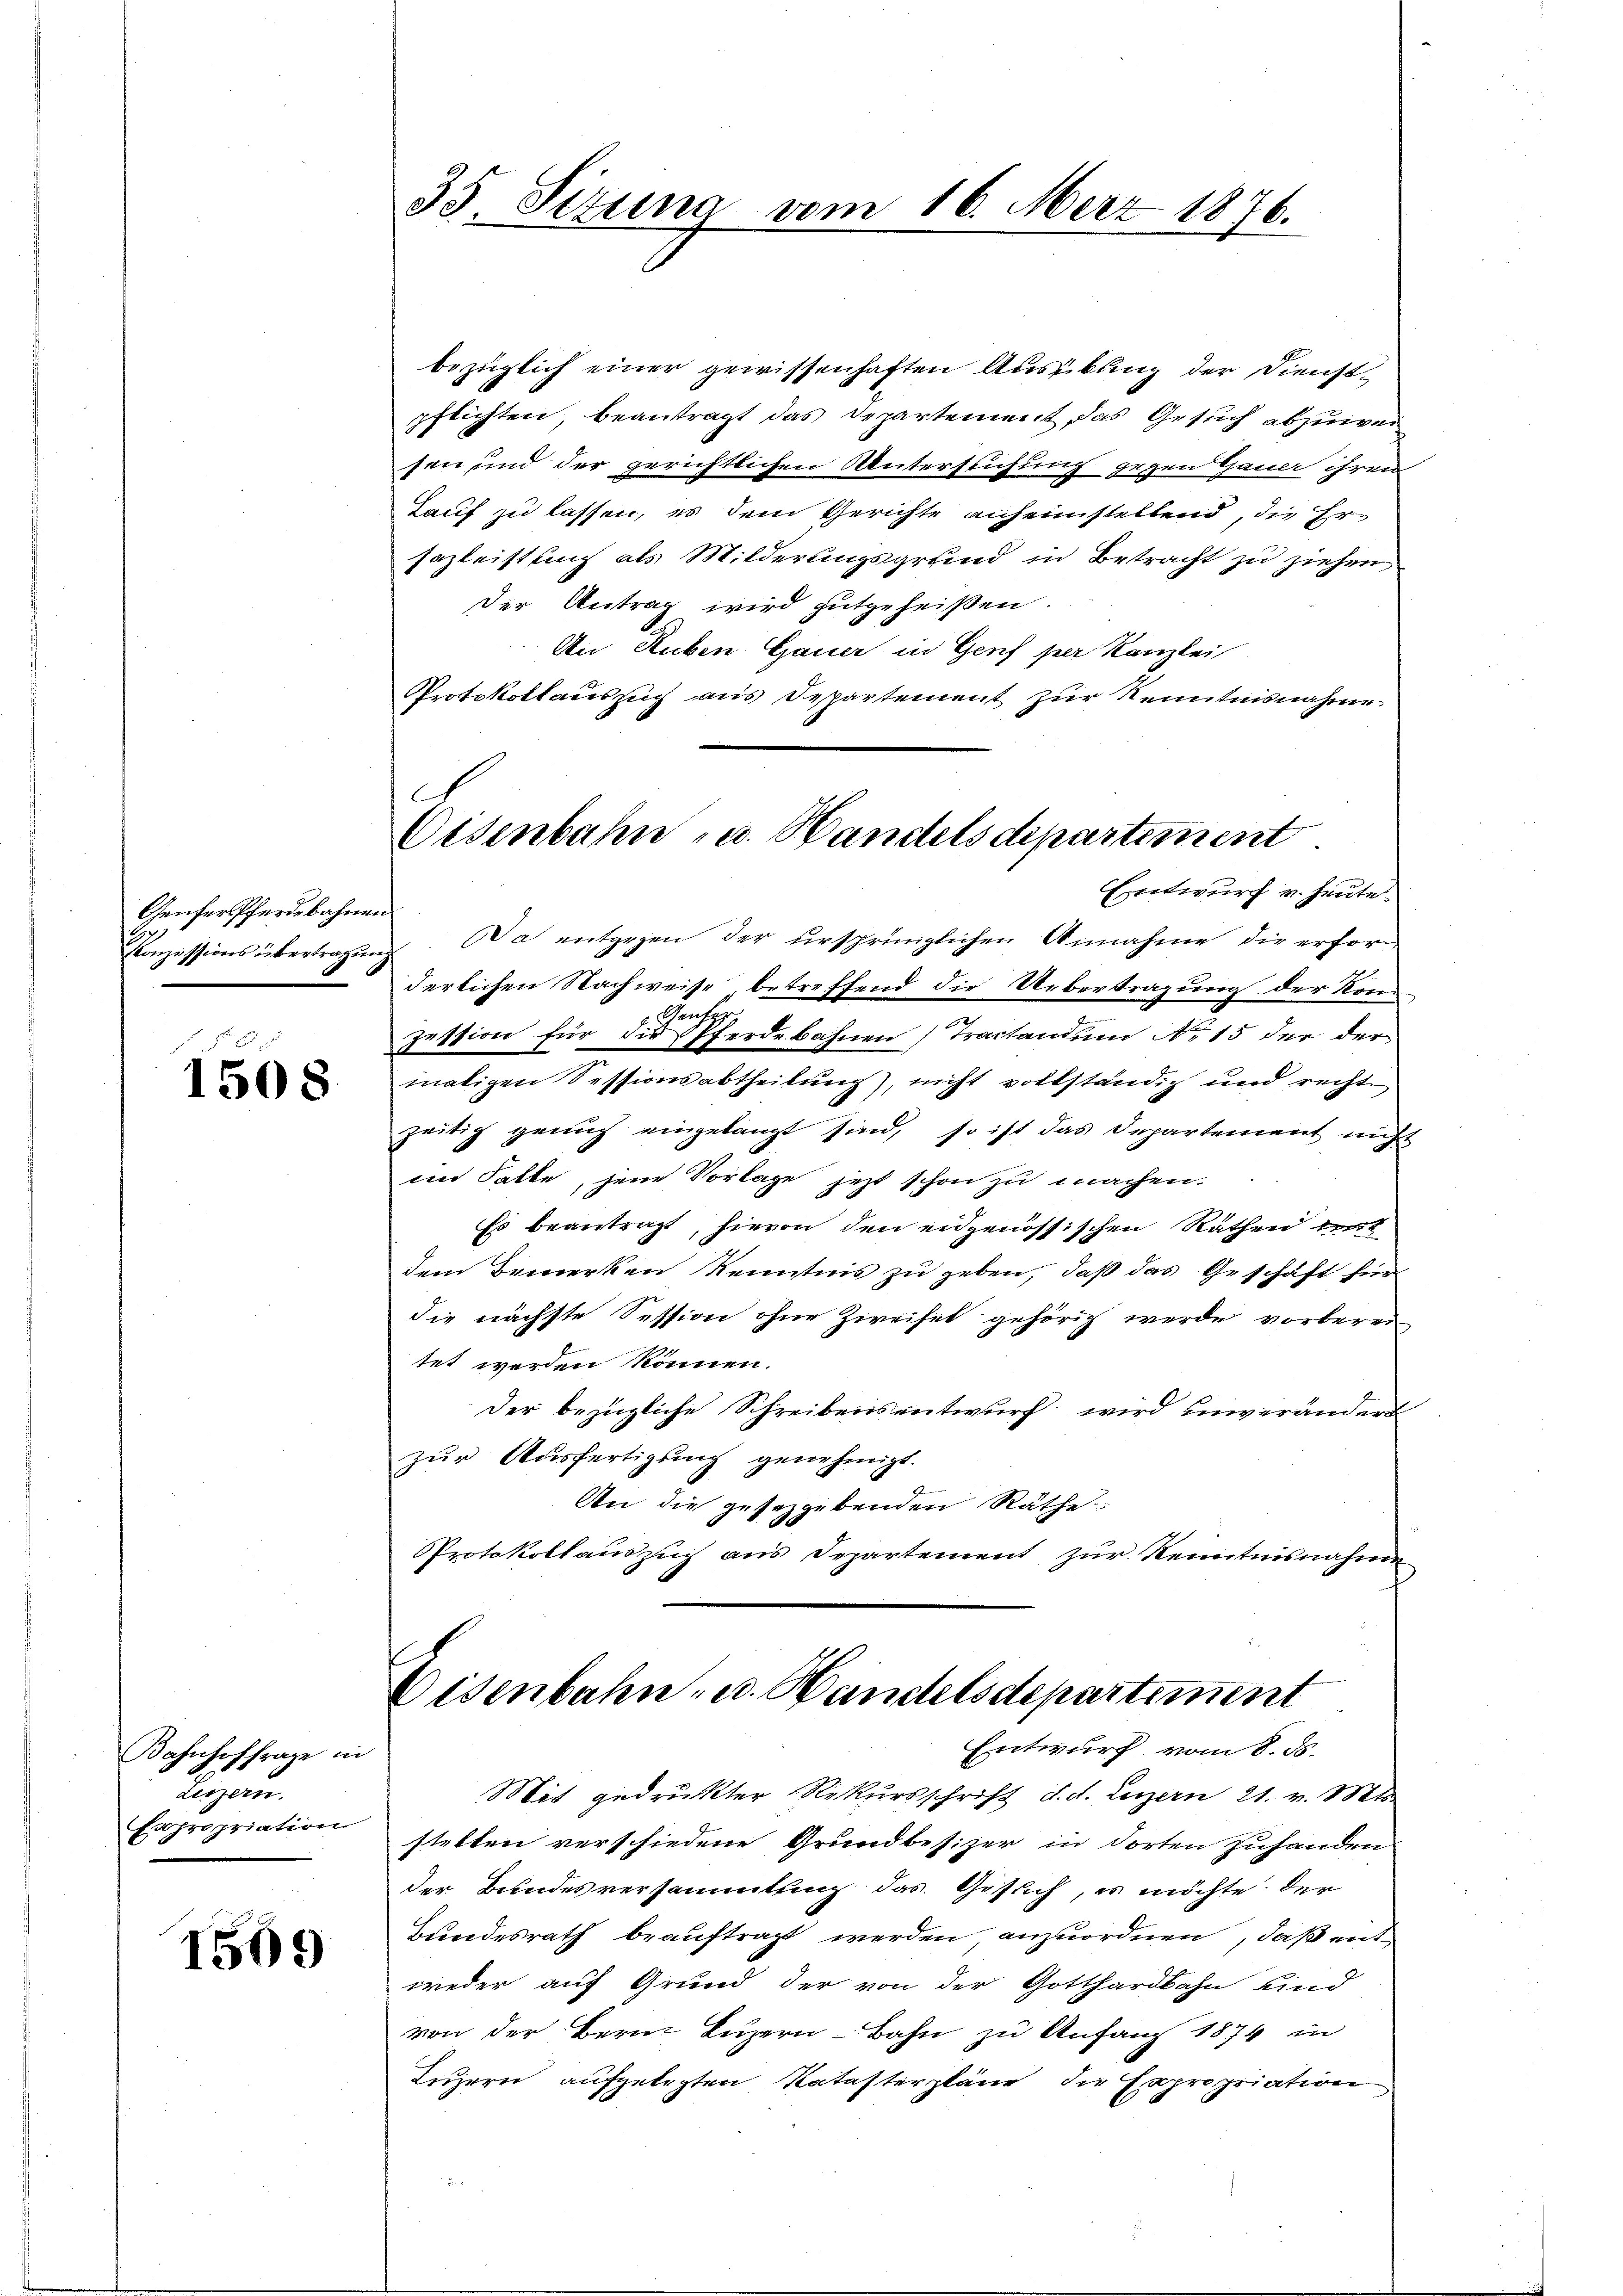
Genfer Pferdebahnen

1508

Bahnhoffrage in
Leszern.
Expropriation

1509

35. Sizung vom 16. März 1876.

bezüglich einer gewissenhaften Aussikung der Dienstpflichten, beantragt das Departement das Gesuch abzuwei
sen und der gerichtlichen Unterstufung gegen Gauer ihren
Kauf zu lassen, es dem Gerichte anheimstellend, die Er-
sazleistung als Milderungsgrund in Betracht zu ziehen,
der Antrag wird gutgeheißen.
An Ruben Gauer in Genf per Kanzlei
Protokollaussuch aus Departement zur Kenntnisnahme
Conzessions übertragung. Da entgegen der ursprünglichen Annahme die erfor-
derlichen Nachweise betreffend die Uebertragung der Kon¬
Gent
Zottion für die Pferdebahnen Tractanden No 15 der der
maligen Sessionsabtheilung), nicht vollständig und recht
zeitig genug eingelangt sind, so ist das Departement nicht
ein Satte, jene Vorlage jetzt schon zu machen.
Es beantragt, hievon den eidgenössischen Räthen unt
dem Bemerken Kenntnis zu geben, daß das Geschäft für
die nächste Session ohne Zweifel gehörig werde vorberei
tet werden können.
Der bezügliche Schreibensentwurf wird unverändert
zŭr Aŭsfertigung genehmigt.
An die gesetzgebenden Räthe.
Protokollauszug aus Departement zur Kenntnisnahme
Disenbahn- u. Handelsdepartiment
Entwurf vom 8. d.
Mit gedruckter Rekursschrift d. d. Luzern 21. v. Mts.
stellen verschiedene Grundbesizer in dorten zuhanden
der Bundesversammtung das Gesuch, es möchte der
Bundesrath beauftragt werden, anzuordnen, daß entweder auf Grund der von der Gotthardbahn Kind
von der Bern Luzern Bahn zu Anfang 1874 in
Luzern aufgelegten Katasterpläne die Expropriation

C
Eisenbahn u. Handels departement
Entwurf v. heute.